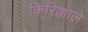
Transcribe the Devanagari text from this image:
किरिक्काले